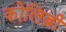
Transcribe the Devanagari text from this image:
कोलिब्री